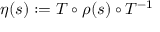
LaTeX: \eta ( s ) : = T \circ \rho ( s ) \circ T ^ { - 1 }